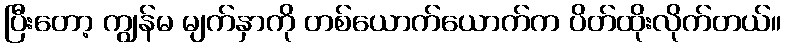
ပြီးတော့ ကျွန်မ မျက်နှာကို တစ်ယောက်ယောက်က ပိတ်ထိုးလိုက်တယ်။